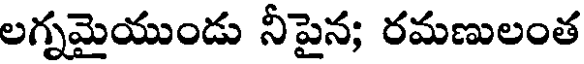
లగ్నమైయుండు నీపైన; రమణులంత